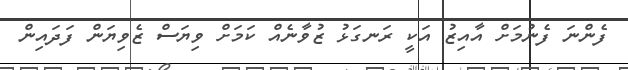
ފެންނަ ފެނުމަށް އާއިޒު އަކީ ރަނގަޅު ޒުވާނެއް ކަމަށް ވިޔަސް ޒެވިޔަން ފަދައިން